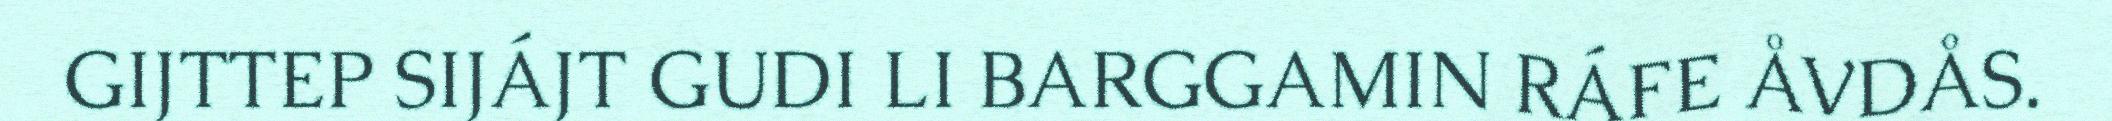
GIJTTEP SIJÁJT GUDI LI BARGGAMIN RÁFE ÅVDÅS.